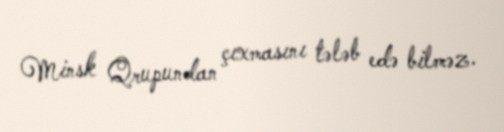
Minsk Qrupundan çıxmasını tələb edə bilməz.